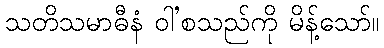
သတိသမာဓီနံ ဝါ’စသည်ကို မိန့်သော်။